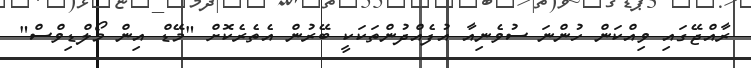
ރާއްޖޭގައި ވިއްކަން ހުންނަ ސުވެނިއާ އުފެއްދުންތަކަކީ ބޭރުން އެތެރެކޮށް "މޭޑް އިން މޯލްޑިވްސް"